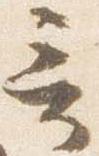
言